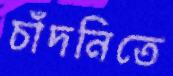
চাঁদনিতে